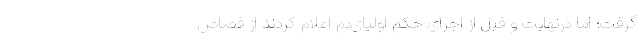
گرفت؛ اما در‌نهایت و قبل از اجرای حکم اولیای‌دم اعلام کردند از قصاص